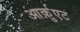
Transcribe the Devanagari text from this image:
आर्क़ुएट